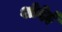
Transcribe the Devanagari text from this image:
शोदेई